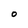
Character: 0